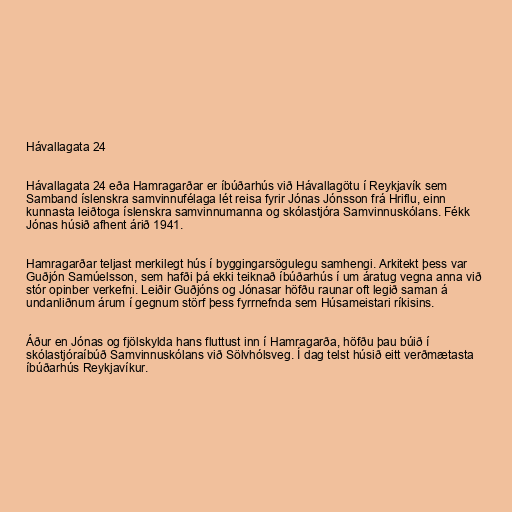
Hávallagata 24

Hávallagata 24 eða Hamragarðar er íbúðarhús við Hávallagötu í Reykjavík sem
Samband íslenskra samvinnufélaga lét reisa fyrir Jónas Jónsson frá Hriflu, einn
kunnasta leiðtoga íslenskra samvinnumanna og skólastjóra Samvinnuskólans. Fékk
Jónas húsið afhent árið 1941.

Hamragarðar teljast merkilegt hús í byggingarsögulegu samhengi. Arkitekt þess var
Guðjón Samúelsson, sem hafði þá ekki teiknað íbúðarhús í um áratug vegna anna við
stór opinber verkefni. Leiðir Guðjóns og Jónasar höfðu raunar oft legið saman á
undanliðnum árum í gegnum störf þess fyrrnefnda sem Húsameistari ríkisins.

Áður en Jónas og fjölskylda hans fluttust inn í Hamragarða, höfðu þau búið í
skólastjóraíbúð Samvinnuskólans við Sölvhólsveg. Í dag telst húsið eitt verðmætasta
íbúðarhús Reykjavíkur.